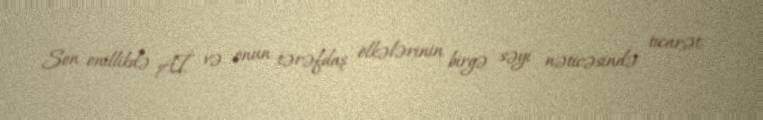
Son onillikdə Aİ və onun tərəfdaş ölkələrinin birgə səyi nəticəsində ticarət,